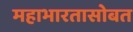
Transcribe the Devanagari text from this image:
महाभारतासोबत